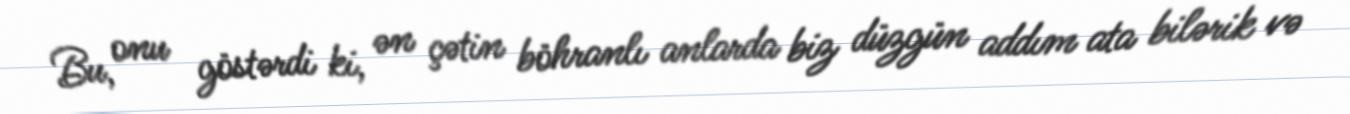
Bu, onu göstərdi ki, ən çətin böhranlı anlarda biz düzgün addım ata bilərik və